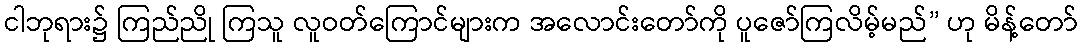
ငါဘုရား၌ ကြည်ညို ကြသူ လူဝတ်ကြောင်များက အလောင်းတော်ကို ပူဇော်ကြလိမ့်မည်” ဟု မိန့်တော်